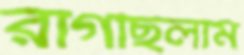
রাগছিলাম